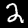
Label: 2